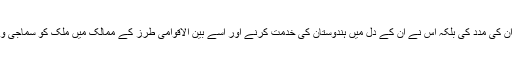
ان تجربات نے نہ صرف یہ کہ یہ عالمی نظریے کے فروغ میں ان کی مدد کی بلکہ اس نے ان کے دل میں ہندوستان کی خدمت کرنے اور اسے بین الاقوامی طرز کے ممالک میں ملک کو سماجی و معاشی برتری کی جانب لے جانے کے جذبے میں شدت پیدا کی۔